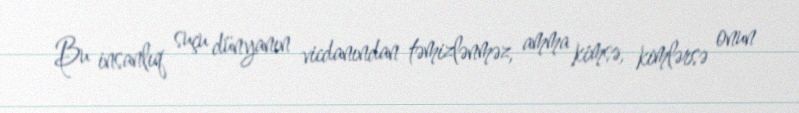
Bu insanlıq suçu dünyanın vicdanından təmizlənməz, amma kimsə, kimlərsə onun